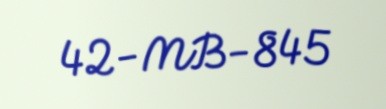
42-MB-845